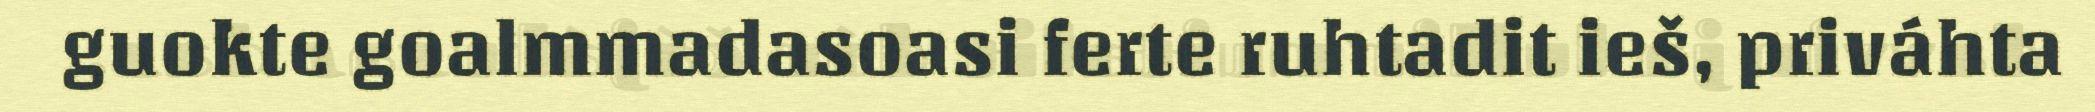
guokte goalmmadasoasi ferte ruhtadit ieš, priváhta